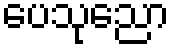
ပေသုညော